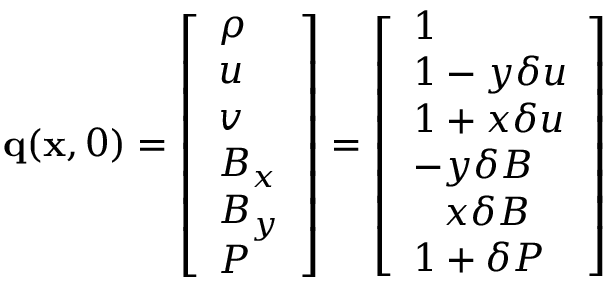
\mathbf { q } ( \mathbf { x } , 0 ) = \left[ \begin{array} { l } { \rho } \\ { u } \\ { v } \\ { B _ { x } } \\ { B _ { y } } \\ { P } \end{array} \right] = \left[ \begin{array} { l } { 1 } \\ { 1 - y \delta u } \\ { 1 + x \delta u } \\ { - y \delta B } \\ { \phantom { - } x \delta B } \\ { 1 + \delta P } \end{array} \right]